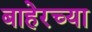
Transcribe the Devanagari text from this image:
बाहेरच्‍या